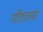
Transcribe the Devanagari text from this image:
गीरच्या